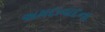
અમદાવાદના